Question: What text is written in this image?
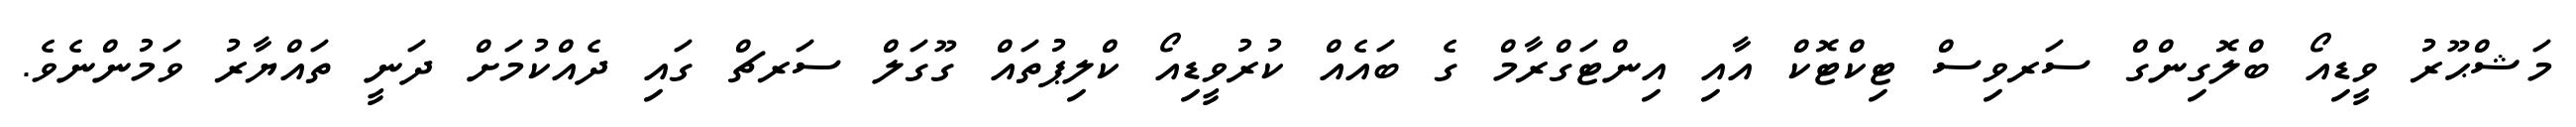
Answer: މަޝްޙޫރު ވީޑިއޯ ބްލޮގިންގް ސަރވިސް ޓިކްޓޮކް އާއި އިންޓަގްރާމް ގެ ބައެއް ކުރުވީޑިއޯ ކްލިޕުތައް ގޫގަލް ސަރޗް ގައި ދެއްކުމަށް ދަނީ ތައްޔާރު ވަމުންނެވެ.